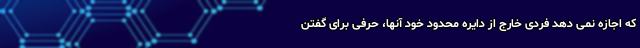
که اجازه نمی دهد فردی خارج از دایره محدود خود آنها، حرفی برای گفتن